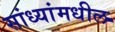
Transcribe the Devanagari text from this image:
सांध्यांमधील